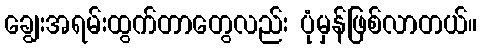
ချွေးအရမ်းထွက်တာတွေလည်း ပုံမှန်ဖြစ်လာတယ်။